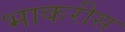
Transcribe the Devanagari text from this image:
भाकरीस